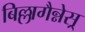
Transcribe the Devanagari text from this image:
बिल्लागैन्नेस्र्